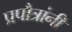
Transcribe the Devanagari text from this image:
प्रपौत्रांनी